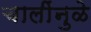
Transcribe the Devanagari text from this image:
चालींनुळे